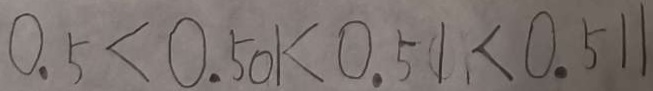
0 . 5 < 0 . 5 0 k 0 . 5 1 < 0 . 5 1 1